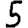
Digit: 5